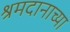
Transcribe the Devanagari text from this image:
श्रमदानाच्या